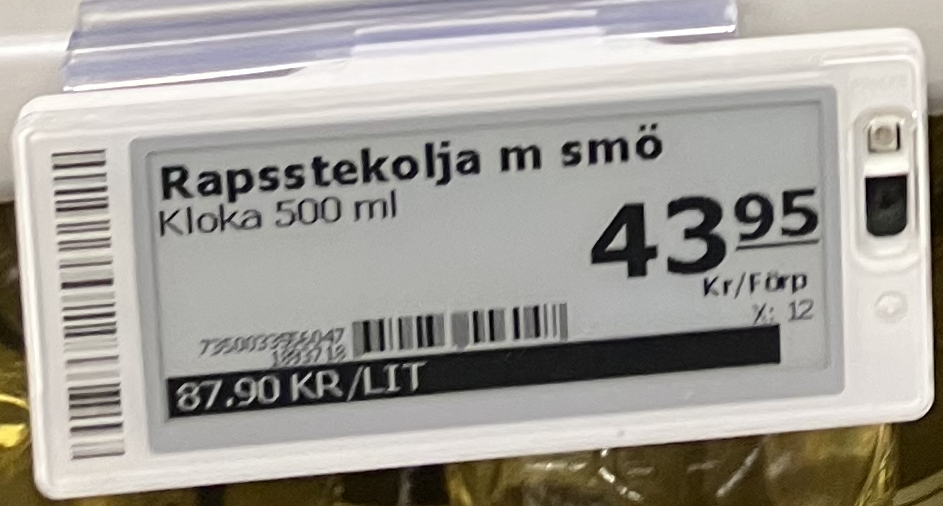
Vara: Rapsstekolja m smö
Genomsnittspris: 87.9 per L